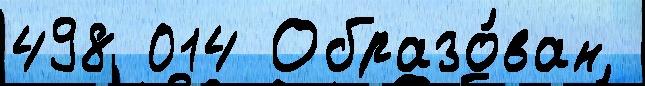
498 014 Образо́ван